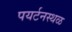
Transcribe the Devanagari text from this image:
पयर्टनस्थळ